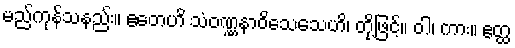
မည်ကုန်သနည်း။ ဧတေဟိ သံဝဏ္ဏနာဝိသေသေဟိ၊ တို့ဖြင့်။ ဝါ၊ ကား။ ဧတ္ထ